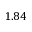
1 . 8 4